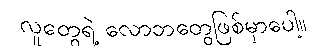
လူတွေရဲ့ လောဘတွေဖြစ်မှာပေါ့။